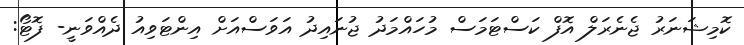
ކޮމިޝަނަރު ޖެނެރަލް އޮފް ކަސްޓަމަސް މުހައްމަދު ޖުނައިދު އަވަސްއަށް އިންޓަވިއު ދެއްވަނީ- ފޮޓޯ: